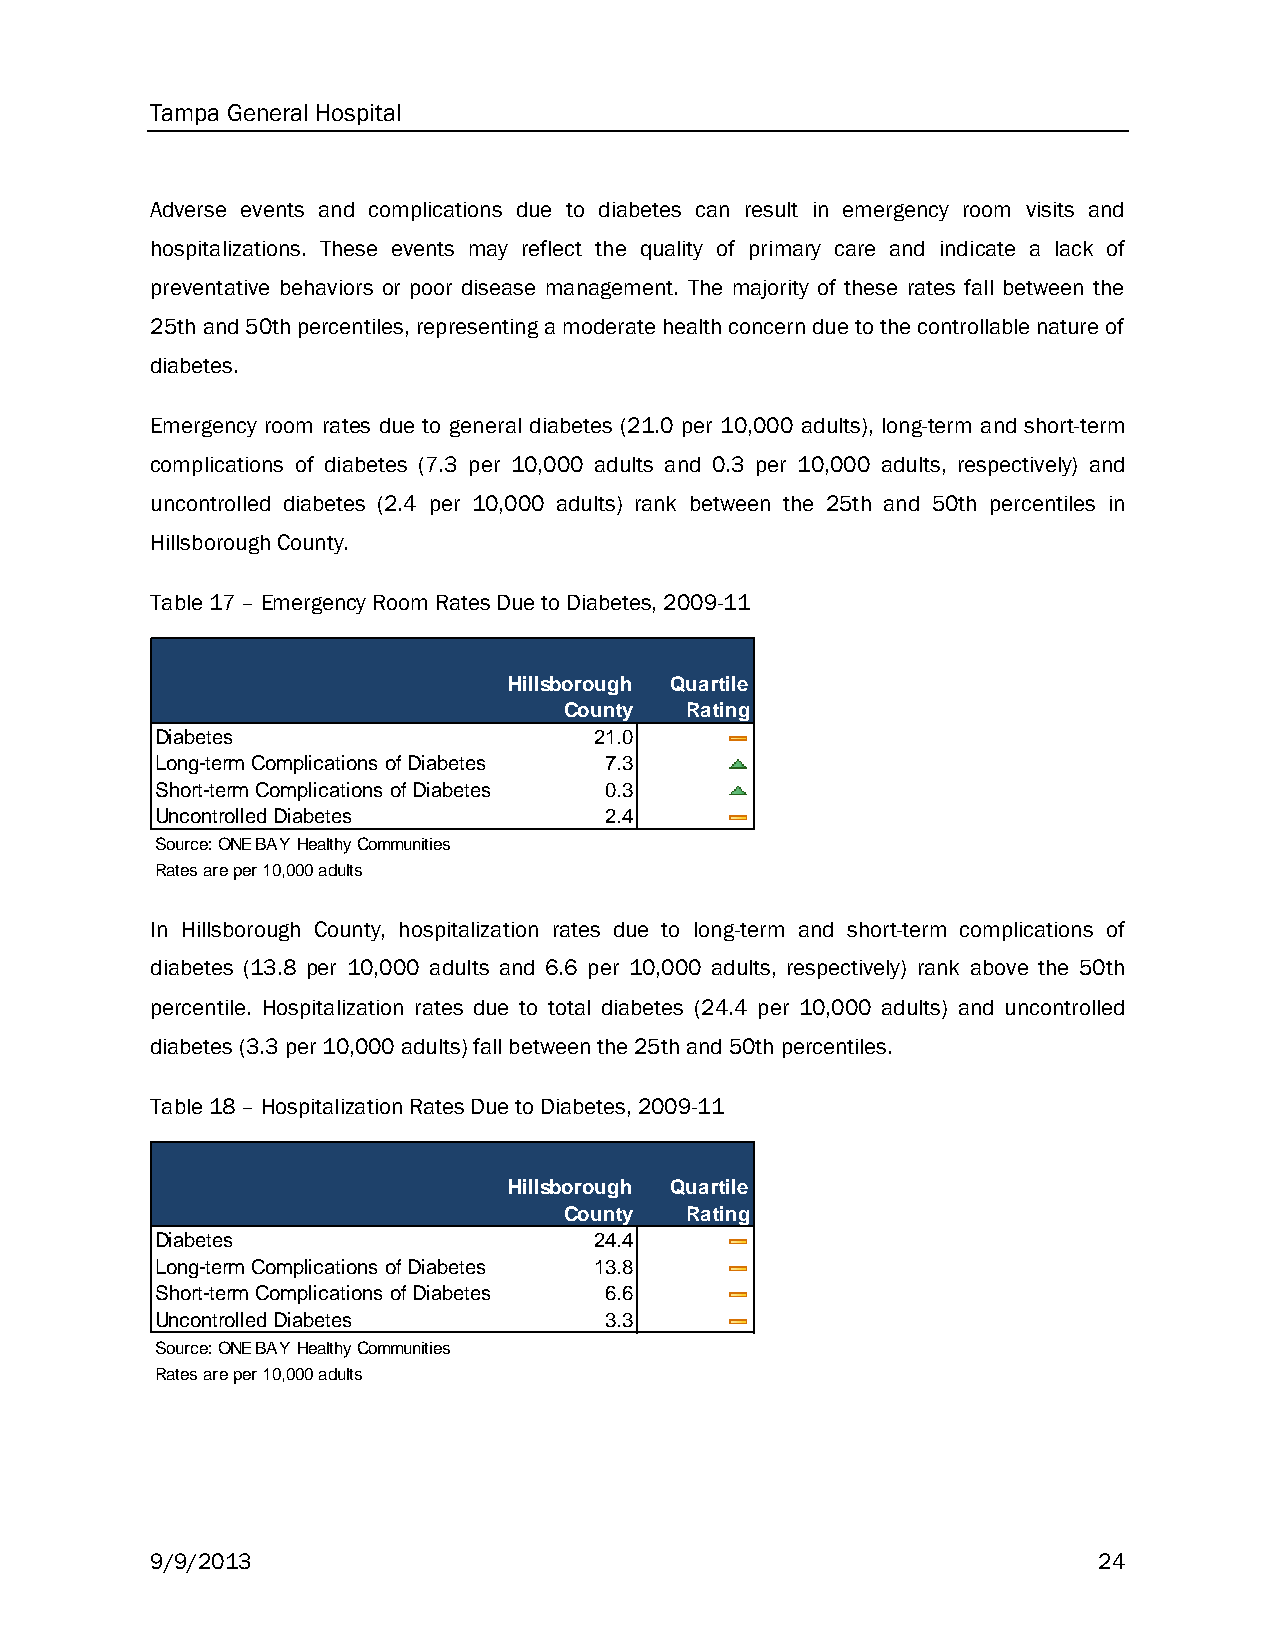
Tampa General Hospital
 Adverse events and complications due to diabetes can result in emergency room visits and
 hospitalizations. These events may reflect the quality of primary care and indicate a lack of
 preventative behaviors or poor disease management. The majority of these rates fall between the
 25th and 50th percentiles, representing a moderate health concern due to the controllable nature of
 diabetes.
 Emergency room rates due to general diabetes (21.0 per 10,000 adults), long-term and short-term
 complications of diabetes (7.3 per 10,000 adults and 0.3 per 10,000 adults, respectively) and
 uncontrolled diabetes (2.4 per 10,000 adults) rank between the 25th and 50th percentiles in
 Hillsborough County.
 Table 17 – Emergency Room Rates Due to Diabetes, 2009-11
 Hillsborough Quartile
 County  Rating
 Diabetes                     21.0
 Long-term Complications of Diabetes 7.3
 Short-term Complications of Diabetes 0.3
 Uncontrolled Diabetes         2.4
 Source: ONE BAY Healthy Communities
 Rates are per 10,000 adults
 In Hillsborough County, hospitalization rates due to long-term and short-term complications of
 diabetes (13.8 per 10,000 adults and 6.6 per 10,000 adults, respectively) rank above the 50th
 percentile. Hospitalization rates due to total diabetes (24.4 per 10,000 adults) and uncontrolled
 diabetes (3.3 per 10,000 adults) fall between the 25th and 50th percentiles.
 Table 18 – Hospitalization Rates Due to Diabetes, 2009-11
 Hillsborough Quartile
 County  Rating
 Diabetes                     24.4
 Long-term Complications of Diabetes 13.8
 Short-term Complications of Diabetes 6.6
 Uncontrolled Diabetes         3.3
 Source: ONE BAY Healthy Communities
 Rates are per 10,000 adults
 9/9/2013                                                       24